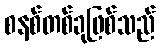
စနစ်တစ်ခုဖြစ်သည်